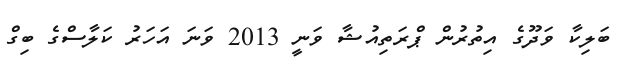
ބަލިކާ ވަދޫގެ އިތުރުން ޕްރަތިއުޝާ ވަނީ 2013 ވަނަ އަހަރު ކަލާސްގެ ބިގް